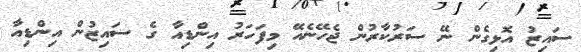
ސައިޒު އޮޅިގެން ނޭ ސަރުކާރުން ޖެހޭނެއޭ މިފަހަރު އިންޑިއާ ގެ ސައިޒުން އިންޑިއާ